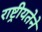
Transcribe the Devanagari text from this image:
राष्ट्रीयतेने